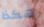
هكذا